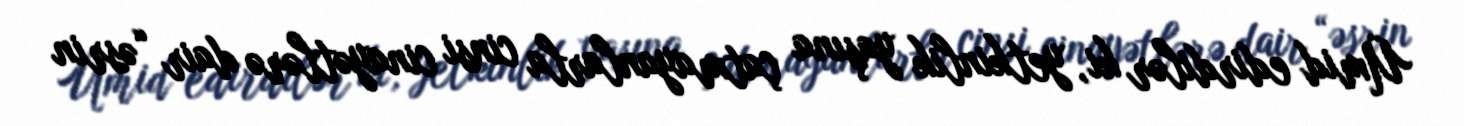
Ümid edirdilər ki, yetkinlik yaşına çatmayanlarla cinsi cinayətlərə dair “əsrin